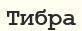
Тибра